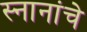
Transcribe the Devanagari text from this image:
स्नानांचे